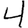
Digit: 4